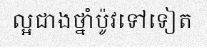
ល្អជាងថ្នាំប៉ូវទៅទៀត